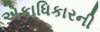
એકાધિકારની